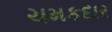
ચમકદાર